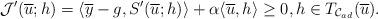
LaTeX: \begin{align*}\mathcal{J}'(\overline{u};h)= \langle \overline{y}-g, S'(\overline{u};h)\rangle + \alpha \langle \overline{u},h\rangle \ge 0, h\in T_{\mathcal{C}_{ad}}(\overline{u}).\end{align*}